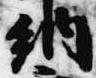
納